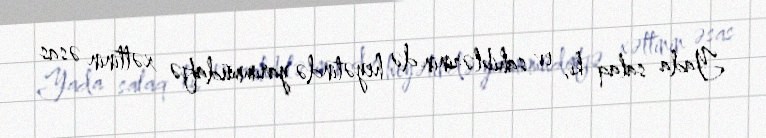
Yada salaq ki, ev sahiblərinin də heyətində yarımmüdafiə xəttinin əsas